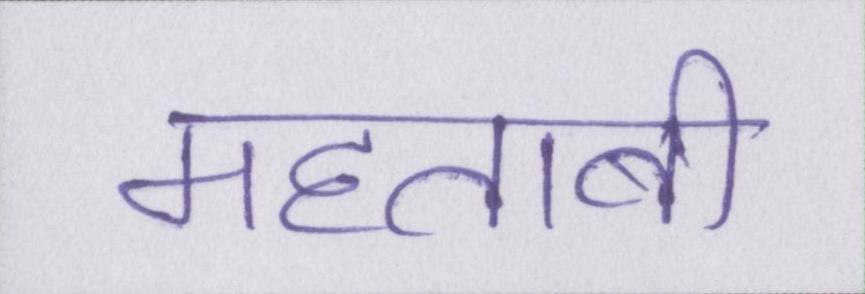
महताबी